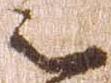
之